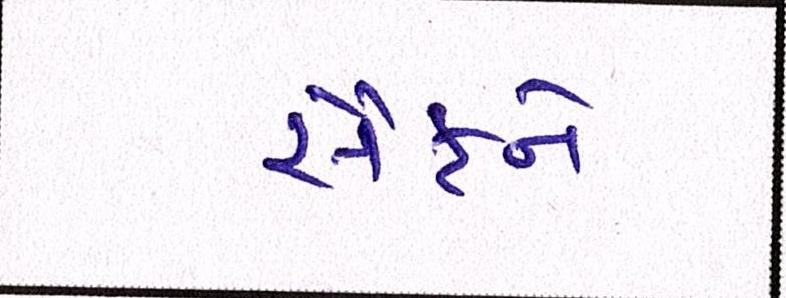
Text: સૈફને